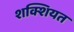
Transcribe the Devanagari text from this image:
शक्शियत